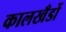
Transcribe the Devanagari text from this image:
कालखँडों